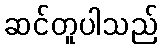
ဆင်တူပါသည်